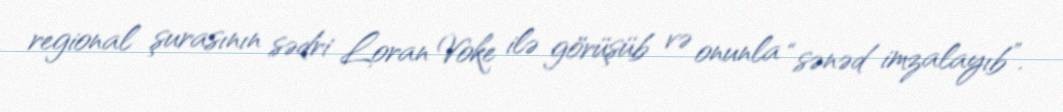
regional şurasının sədri Loran Voke ilə görüşüb və onunla “sənəd imzalayıb”.